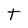
Character: t